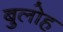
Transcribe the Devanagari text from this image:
बुलोह